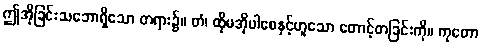
ဤအိုခြင်းသဘောရှိသော တရား၌။ တံ၊ ထိုမအိုပါစေနှင့်ဟူသော တောင့်တခြင်းကို။ ကုတော